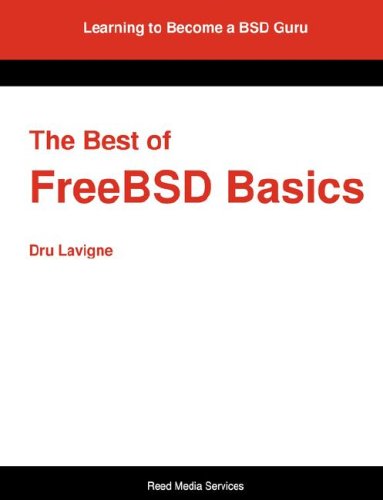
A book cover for The Best of Freebsd Basics; Dru Lavigne; Computers & Technology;